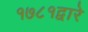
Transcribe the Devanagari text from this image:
१७८१द्वारे